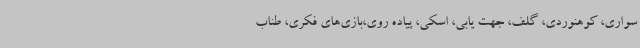
سواری، کوهنوردی، گلف، جهت یابی، اسکی، پیاده روی،بازی‌های فکری، طناب